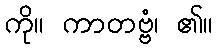
ကို။ ကာတဗ္ဗံ၊ ၏။